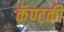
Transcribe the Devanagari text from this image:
कॅण्टकी